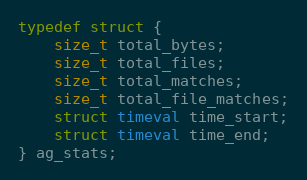
Language: C
typedef struct {
    size_t total_bytes;
    size_t total_files;
    size_t total_matches;
    size_t total_file_matches;
    struct timeval time_start;
    struct timeval time_end;
} ag_stats;